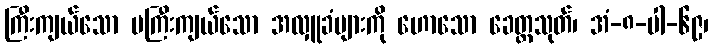
ကြီးကျယ်သော မကြီးကျယ်သော အလှူခံများကို ဟောသော ခေတ္တသုတ်၊ အံ-၈-ပါ-၆၉၊